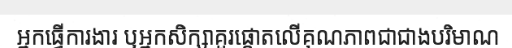
អ្នកធ្វើការងារ ឬអ្នកសិក្សាគួរផ្តោតលើគុណភាពជាជាងបរិមាណ